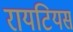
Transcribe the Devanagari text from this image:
रायटियस